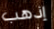
إذهب